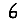
Digit: 6